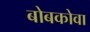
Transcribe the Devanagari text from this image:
बोबकोवा